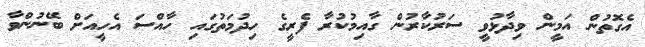
އެގޮތުން އަމީން ވިދާޅުވީ ސަރުކާރުން ގާއިމުކުރާ ފެރީގެ ހިދުމަތުގައި ހާއްސަ އެހީއަށް ބޭނުންވާ